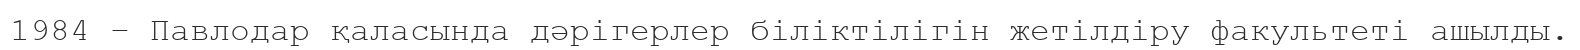
1984 – Павлодар қаласында дәрігерлер біліктілігін жетілдіру факультеті ашылды.